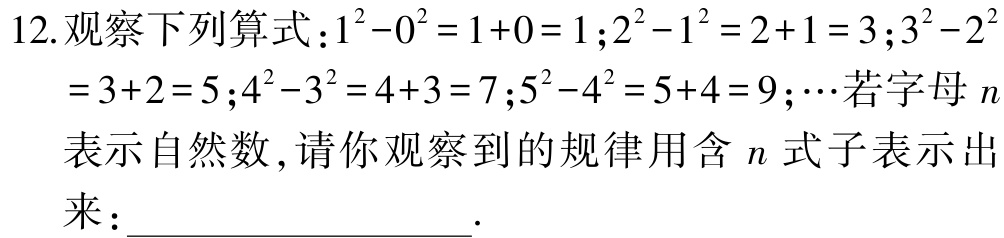
12.观察下列算式：\(1^{2}-0^{2}=1 + 0 = 1\)；\(2^{2}-1^{2}=2 + 1 = 3\)；\(3^{2}-2^{2}=3 + 2 = 5\)；\(4^{2}-3^{2}=4 + 3 = 7\)；\(5^{2}-4^{2}=5 + 4 = 9\)；\(\cdots\)若字母\(n\)表示自然数，请你观察到的规律用含\(n\)式子表示出来：____________________.